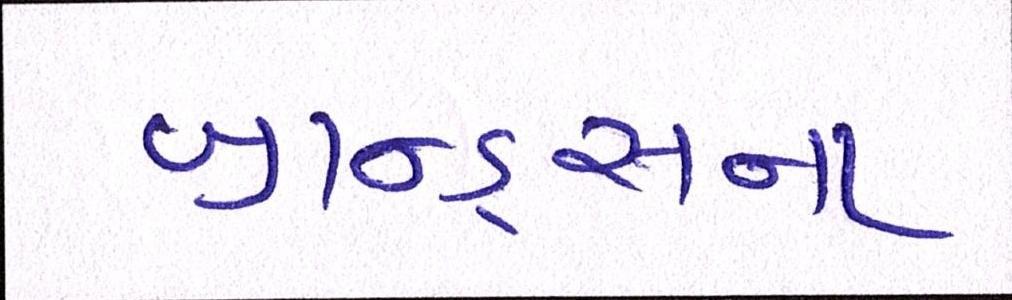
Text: બ્રાન્ડ્સના